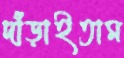
দাঁড়াইতাম